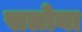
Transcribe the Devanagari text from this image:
सलोना